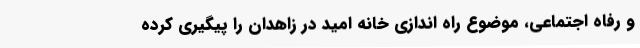
و رفاه اجتماعی، موضوع راه اندازی خانه امید در زاهدان را پیگیری کرده